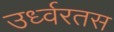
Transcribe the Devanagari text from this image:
उर्ध्वरतस